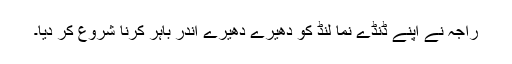
راجہ نے اپنے ڈنڈے نما لنڈ کو دھیرے دھیرے اندر باہر کرنا شروع کر دیا۔